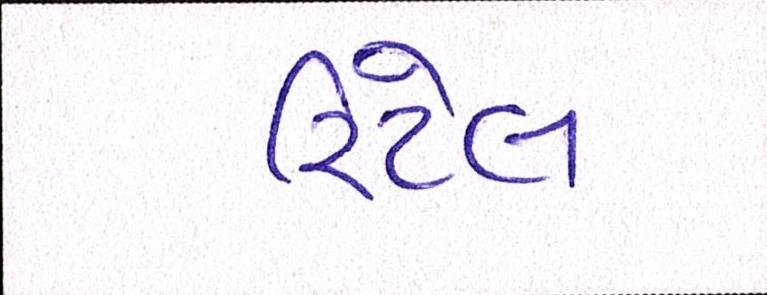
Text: રિટેલ